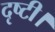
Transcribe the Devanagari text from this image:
दृष्टी।